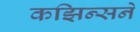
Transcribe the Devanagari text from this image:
कझिन्सने